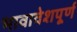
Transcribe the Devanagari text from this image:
भावावेशपूर्ण